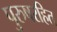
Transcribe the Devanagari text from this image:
पुरुषरहित